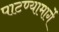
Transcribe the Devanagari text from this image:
पाटण्यामार्गे